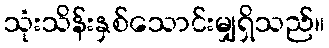
သုံးသိန်းနှစ်သောင်းမျှရှိသည်။